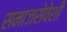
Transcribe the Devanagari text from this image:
समाजसेवेशी